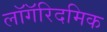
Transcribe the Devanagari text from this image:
लॉगॅरिदमिक